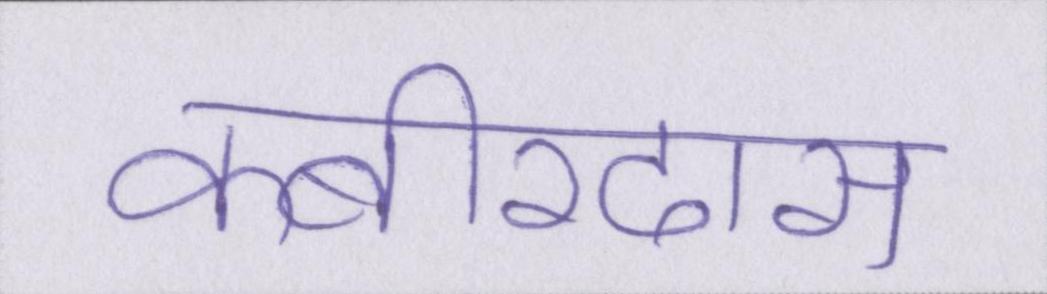
कबीरदास